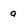
Character: a